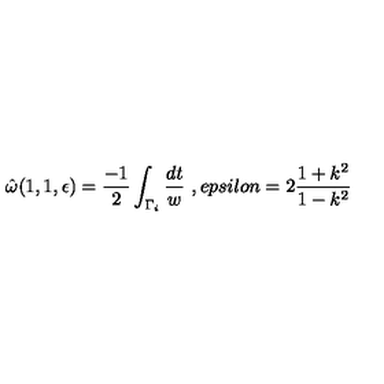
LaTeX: \hat { \omega } ( 1 , 1 , \epsilon ) = \frac { - 1 } { 2 } \int _ { \Gamma _ { i } } \frac { d t } { w } \ , e p s i l o n = 2 \frac { 1 + k ^ { 2 } } { 1 - k ^ { 2 } }